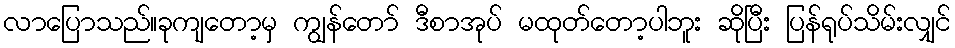
လာပြောသည်။ခုကျတော့မှ ကျွန်တော် ဒီစာအုပ် မထုတ်တော့ပါဘူး ဆိုပြီး ပြန်ရုပ်သိမ်းလျှင်